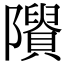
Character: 𨽠